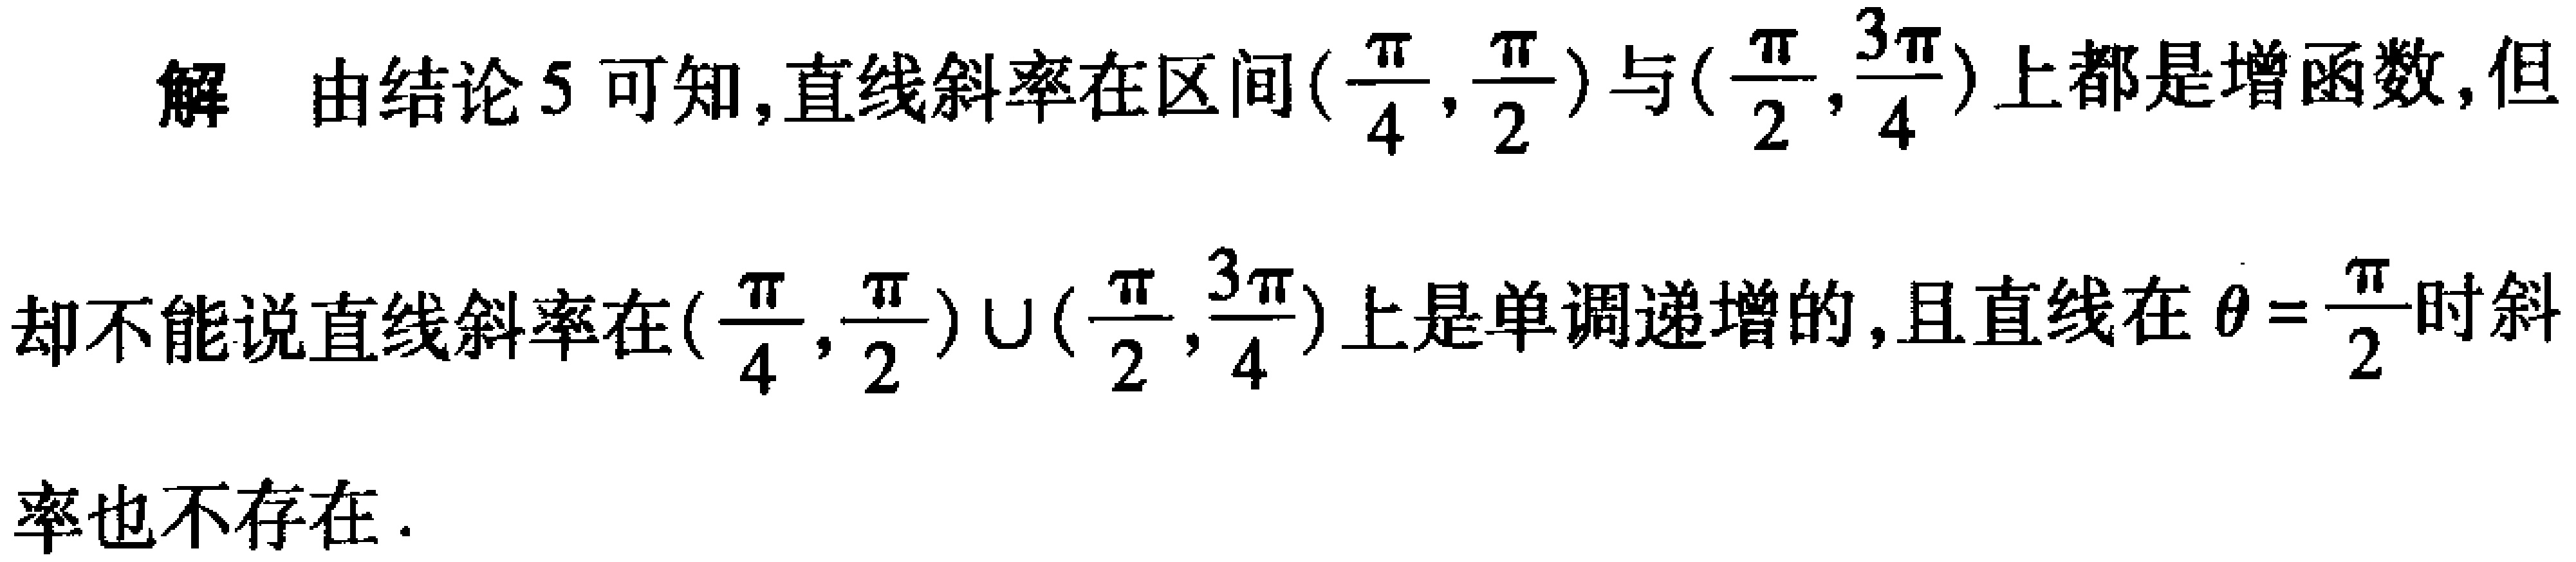
解 由结论5可知,直线斜率在区间\((\frac{\pi}{4},\frac{\pi}{2})\)与\((\frac{\pi}{2},\frac{3\pi}{4})\)上都是增函数,但却不能说直线斜率在\((\frac{\pi}{4},\frac{\pi}{2})\cup(\frac{\pi}{2},\frac{3\pi}{4})\)上是单调递增的,且直线在\(\theta = \frac{\pi}{2}\)时斜率也不存在.